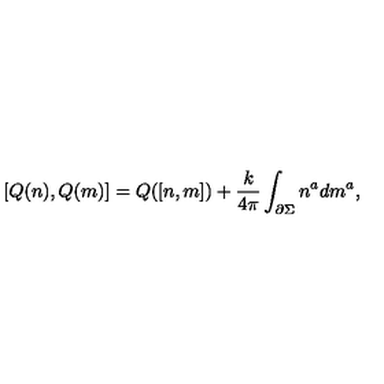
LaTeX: \lbrack Q ( n ) , Q ( m ) ] = Q ( [ n , m ] ) + { \frac k { 4 \pi } } \int _ { { \partial } \Sigma } n ^ { a } d m ^ { a } ,